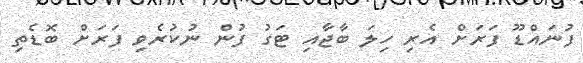
ފުނައްޑޫ ފަރަށް އެރި ހިލަ ބާޖާއި ޓަގު ފުން ނުކުރެވި ފަރަށް ބޮޑެތި